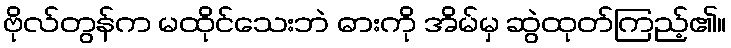
ဗိုလ်တွန်က မထိုင်သေးဘဲ ဓားကို အိမ်မှ ဆွဲထုတ်ကြည့်၏။